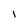
Character: 1